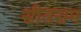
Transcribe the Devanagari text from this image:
सीतराम